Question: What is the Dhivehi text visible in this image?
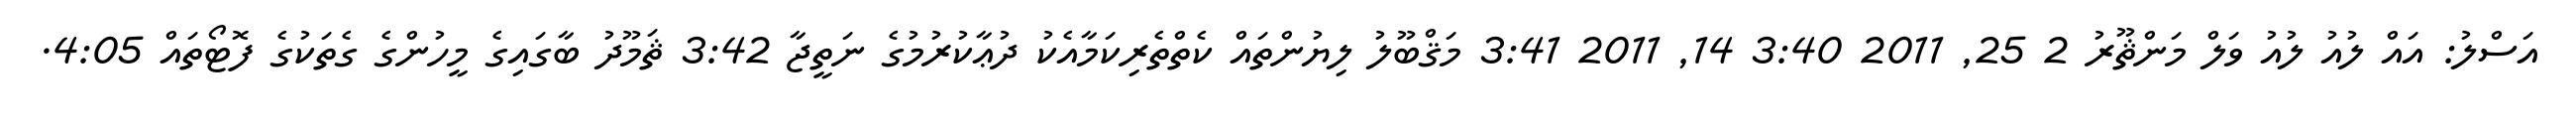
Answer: އަސްލު: އައް ލުއު ލުއު ވަލް މަންޘޫރު 2 25, 2011 3:40 14, 2011 3:41 މަޤްބޫލު ލިޔުންތައް ކެތްތެރިކަމާއެކު ދުޢާކުރުމުގެ ނަތީޖާ 3:42 ޘަމޫދު ބާގައިގެ މީހުންގެ ގެތަކުގެ ފޮޓޯތައް 4:05.